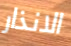
الانذار